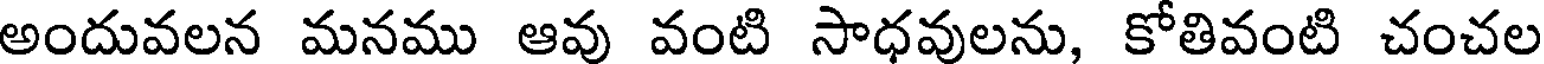
అందువలన మనము ఆవు వంటి సాధవులను, కోతివంటి చంచల